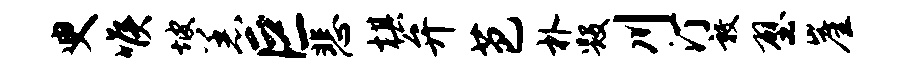
臾喉坡恙巨悲棋弁芭朴毁川汀敦壁崖